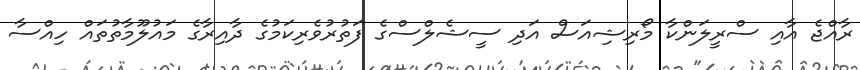
ރާއްޖެ އާއި ސްރީލަންކާ މޯރިޝިއަސް އަދި ސީޝެލްސްގެ ފަތުރުވެރިކަމުގެ ދާއިރާގެ މައުލޫމާތުތައް ހިއްސާ